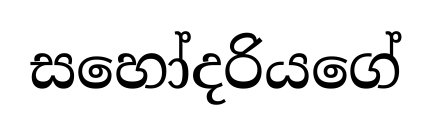
සහෝදරියගේ